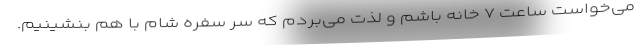
می‌خواست ساعت ۷ خانه باشم و لذت می‌بردم که سر سفره شام با هم بنشینیم.